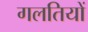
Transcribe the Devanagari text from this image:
गलतियों